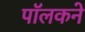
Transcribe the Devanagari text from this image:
पॉलकने